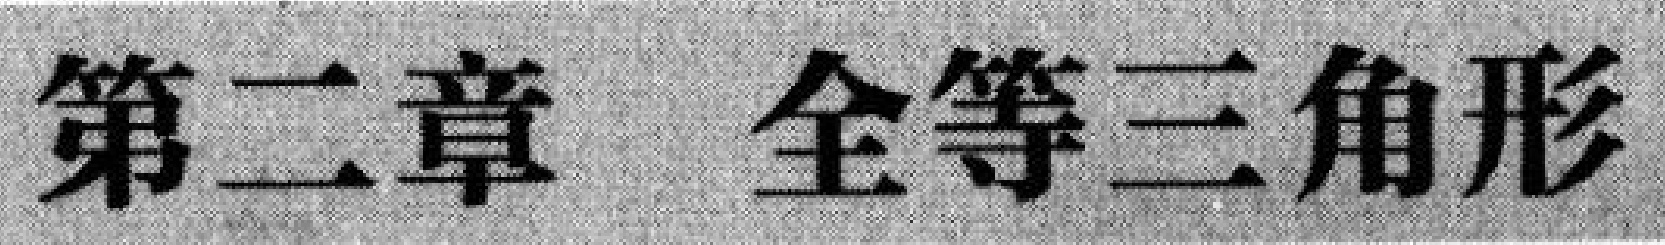
第二章 全等三角形